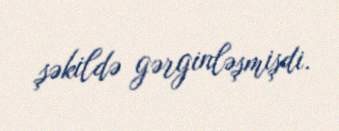
şəkildə gərginləşmişdi.